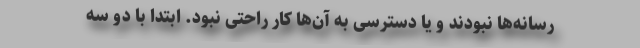
رسانه‌ها نبودند و یا دسترسی به آن‌ها کار راحتی نبود. ابتدا با دو سه